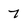
Character: 7